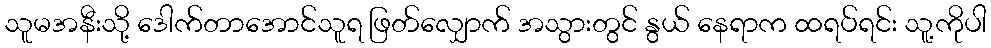
သူမအနီးသို့ ဒေါက်တာအောင်သူရ ဖြတ်လျှောက် အသွားတွင် နွယ် နေရာက ထရပ်ရင်း သူ့ကိုပါ